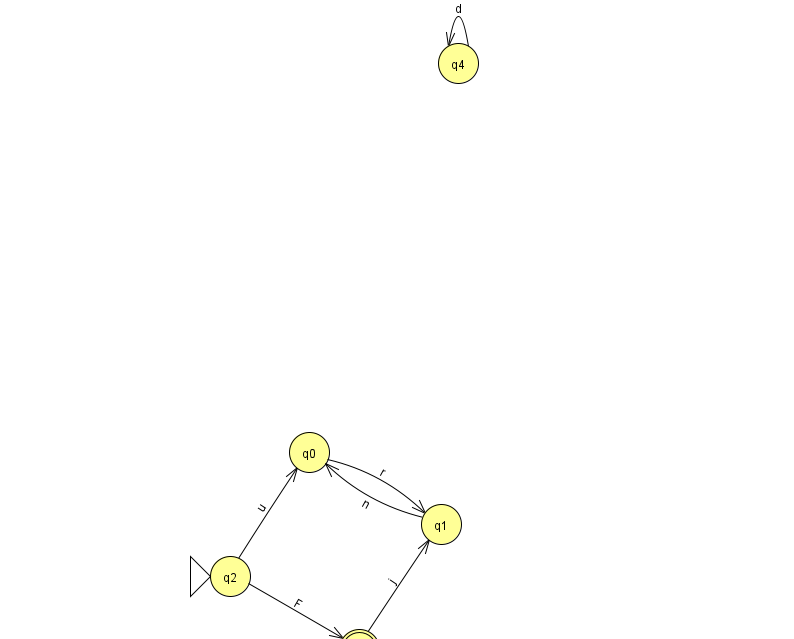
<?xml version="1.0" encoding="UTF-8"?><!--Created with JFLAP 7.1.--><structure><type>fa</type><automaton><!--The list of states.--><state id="0" name="q0"><x>309.0</x><y>439.0</y></state><state id="1" name="q1"><x>441.0</x><y>511.0</y></state><state id="2" name="q2"><x>230.0</x><y>563.0</y><initial/></state><state id="3" name="q3"><x>359.0</x><y>636.0</y><final/></state><state id="4" name="q4"><x>458.0</x><y>50.0</y></state><!--The list of transitions.--><transition><from>1</from><to>0</to><read>n</read></transition><transition><from>4</from><to>4</to><read>d</read></transition><transition><from>2</from><to>3</to><read>F</read></transition><transition><from>3</from><to>1</to><read>j</read></transition><transition><from>2</from><to>0</to><read>u</read></transition><transition><from>0</from><to>1</to><read>r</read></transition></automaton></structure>